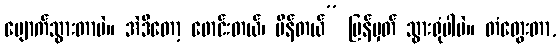
ပျောက်သွားတာပဲ။ အဲဒီတော့ ဖောင်းတယ်၊ ပိန်တယ်” ပြန်မှတ် သွားရုံပါပဲ။ တံတွေးတာ,